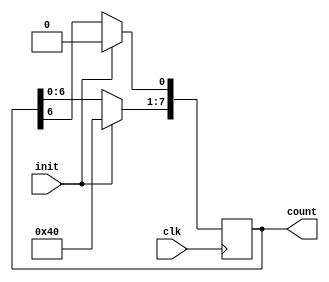
// Ring counter 

module ring_counter_v1 (clk, init, count);
/*
 This	soluDon	is	wrong.	
 count[7]	will	get	
overwrijen	in	the	first	
statement.	
	 RotaDon	of	the	bits	
will	not	happen.
*/
    input clk, init;
    output reg [7:0] count;
    
    always @ (posedge clk)
      begin
        if (init) count = 8'b10000000;
        else begin
               count = count << 1;
               count[0] = count [7];
             end
      end
endmodule


// A ring counter (Modified version of v1)
/*
 This	is	the	correct	
version.	
 Since	non-blocking	
assignments	are	used,	
rotaDon	will	take	place	
correctly.	
*/
module ring_counter_v2 (clk, init, count);
    input clk, init;
    output reg [7:0] count;
    
    always @ (posedge clk)
      begin
        if (init) count = 8'b10000000;
        else begin
               count <= count << 1;
               count[0] <= count [7];
             end
      end
endmodule

// A ring counter (Modified version of v1)
/*
 This	is	a	correct	way	of	
modeling	using	blocking	
assignmenti.
*/
module ring_counter_v3 (clk, init, count);
    input clk, init;
    output reg [7:0] count;
    
    always @ (posedge clk)
      begin
        if (init) count = 8'b10000000;
        else 
            count = {count[6:0], count [7]};
      end
endmodule